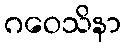
ဂဝေသိနာ